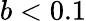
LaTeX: b<0.1